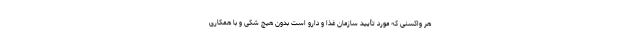
هر واکسنی که مورد تأیید سازمان غذا و دارو است بدون هیچ شکی و با همکاری